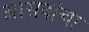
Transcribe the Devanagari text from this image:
आसवांचा